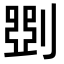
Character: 㓸